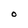
Character: O